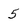
Character: 5